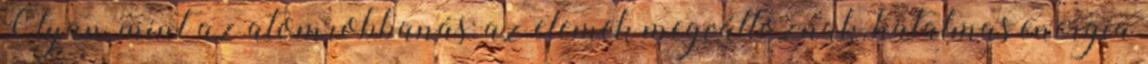
Olyan, mint az atomrobbanás: az elemek megváltoznak, hatalmas energia